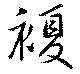
複